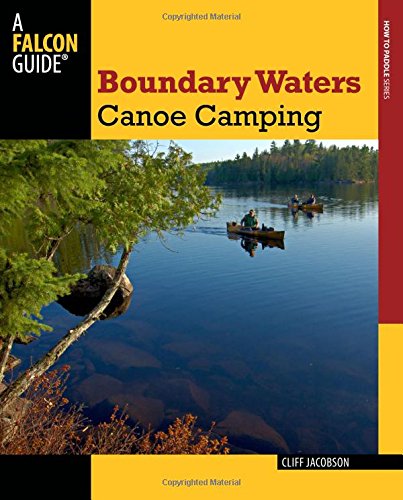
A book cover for Boundary Waters Canoe Camping (Paddling Series); Cliff Jacobson; Sports & Outdoors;